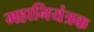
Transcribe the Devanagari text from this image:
महानियंत्रक